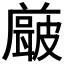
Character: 𭽶